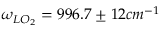
\omega _ { L O _ { 2 } } = 9 9 6 . 7 \pm 1 2 c m ^ { - 1 }